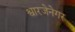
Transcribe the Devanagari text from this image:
श्वारजेनेगर